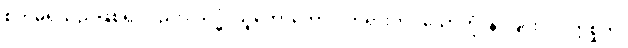
စိတ်မရှိသည်ဖြစ်၍လည်း။ သဒ္ဓံ၊ သူတော်ကောင်းတရားကို။ သောတုံ၊ နာခြင်းငှာ။ ဣစ္ဆတိ၊